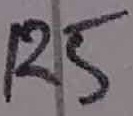
Text: R5